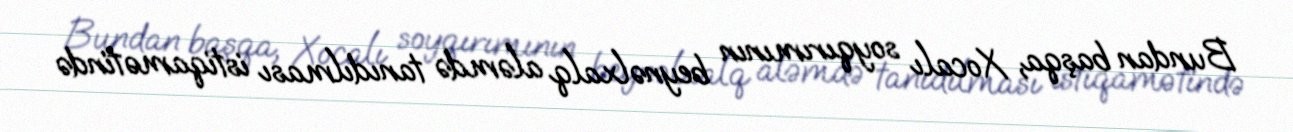
Bundan başqa, Xocalı soyqırımının beynəlxalq aləmdə tanıdılması istiqamətində